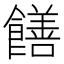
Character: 饍